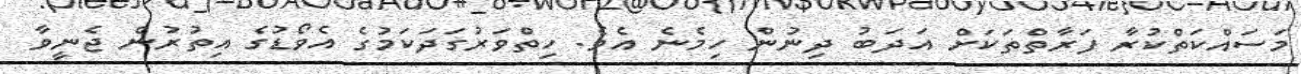
މަސައްކަތްކުރާ ފަރާތްތަކަށް އަދަބު ދިނުން ހިމެނެ އެވެ. ހިތްވަރުގަދަކަމުގެ އެވޯޑުގެ އިތުރުން ޖެނީވާ